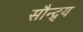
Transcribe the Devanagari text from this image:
सौन्द्र्य